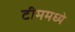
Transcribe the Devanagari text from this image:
टीममध्ये